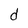
Character: d